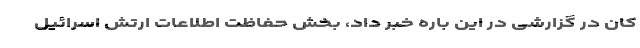
کان در گزارشی در این باره خبر داد، بخش حفاظت اطلاعات ارتش اسرائیل